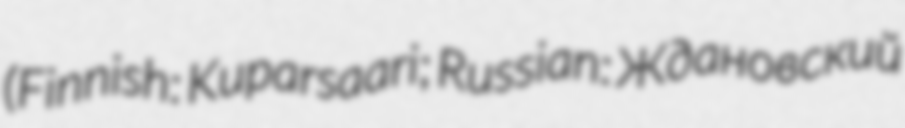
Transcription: (Finnish: Kuparsaari; Russian: Ждановский